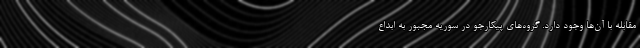
مقابله با آن‌ها وجود دارد. گروه‌های پیکارجو در سوریه مجبور به ابداع